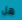
هل